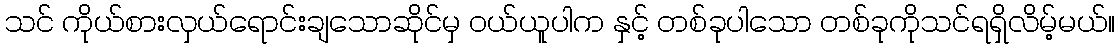
သင် ကိုယ်စားလှယ်ရောင်းချသောဆိုင်မှ ဝယ်ယူပါက နှင့် တစ်ခုပါသော တစ်ခုကိုသင်ရရှိလိမ့်မယ်။